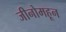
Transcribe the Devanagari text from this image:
जीनोमहून